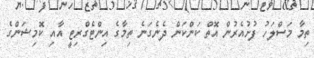
ތިމާ މަސްލަހު ފުށުއެރުން އޮތް ކަންކަން ދެނެގަނެ ތިމާގެ އިންޓެގްރިޓީ އާއި ކޮމިޝަންގެ